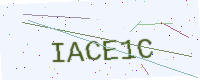
Text: IACE1C